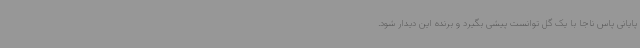
پایانی پاس ناجا با یک گل توانست پیشی بگیرد و برنده این دیدار شود.